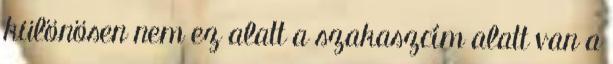
különösen nem ez alatt a szakaszcím alatt van a